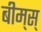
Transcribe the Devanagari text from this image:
बीम्‌स्